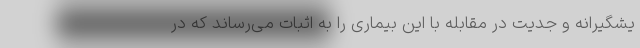
یشگیرانه و جدیت در مقابله با این بیماری را به اثبات می‌رساند که در